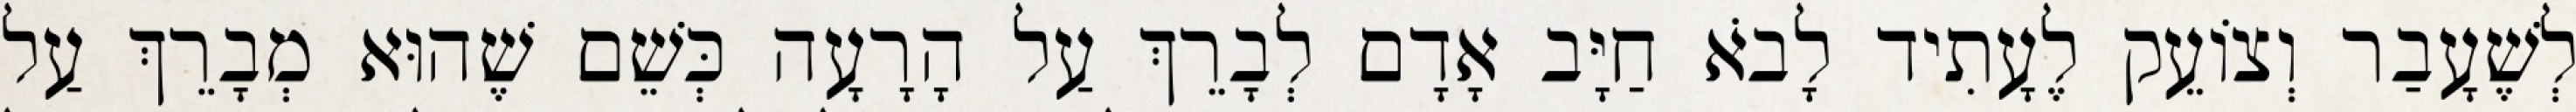
לְשֶׁעָבַר וְצוֹעֵק לֶעָתִיד לָבֹא חַיָּב אָדָם לְבָרֵךְ עַל הָרָעָה כְּשֵׁם שֶׁהוּא מְבָרֵךְ עַל